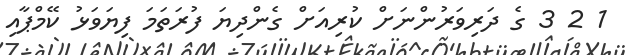
1 2 3 ގެ ދަރިވަރުންނަށް ކުރިއަށް ގެންދިޔަ ފުރަތަމަ ފިޔަވަޅު ކޭމްޕާއި